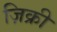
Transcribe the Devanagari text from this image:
ज़िक्री